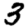
Digit: 3